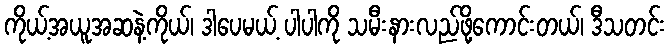
ကိုယ့်အယူအဆနဲ့ကိုယ်၊ ဒါပေမယ့် ပါပါကို သမီးနားလည်ဖို့ကောင်းတယ်၊ ဒီသတင်း